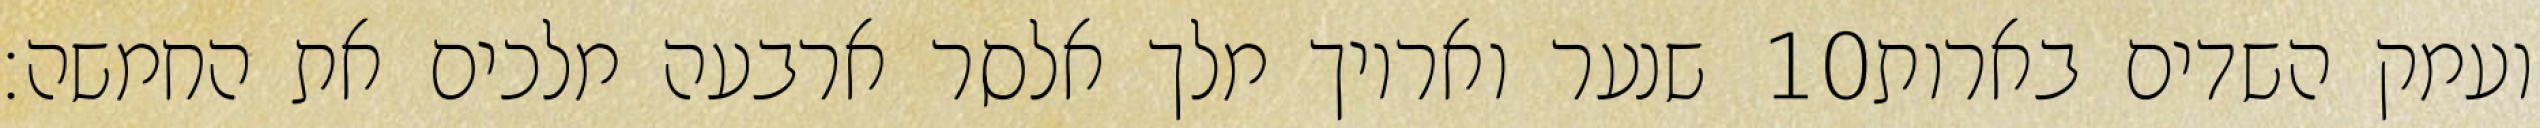
שנער ואריוך מלך אלסר ארבעה מלכים את החמשה׃ ‎10‏ ועמק השדים בארות